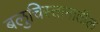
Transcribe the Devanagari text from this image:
बलुचिस्तानातील